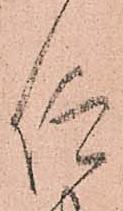
仰